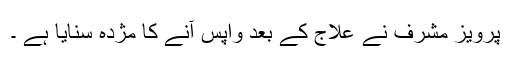
پرویز مشرف نے علاج کے بعد واپس آنے کا مژدہ سنایا ہے ۔